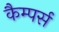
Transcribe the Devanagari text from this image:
कैम्पर्स